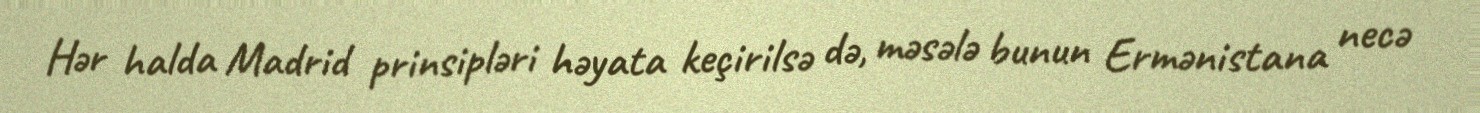
Hər halda Madrid prinsipləri həyata keçirilsə də, məsələ bunun Ermənistana necə